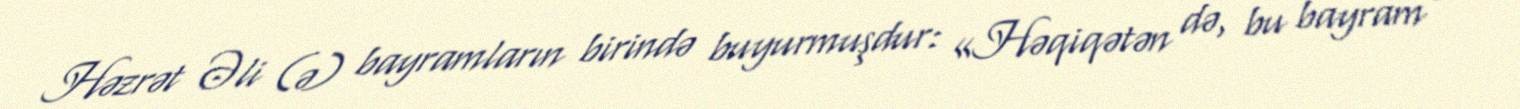
Həzrət Əli (ə) bayramların birində buyurmuşdur: «Həqiqətən də, bu bayram -